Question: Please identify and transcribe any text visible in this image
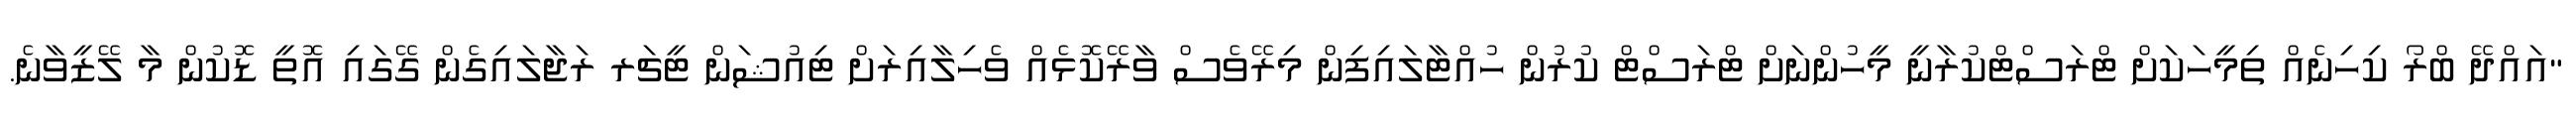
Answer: "އައްދޭ ބްރޯ ކިހިނެއް ތިމީހަކަށް ޓްރަސްޓްކުރާނީ މީހުންނަށް ޓްރަސްޓް ކުރުން ހުއްޓާލައިފިން މިރޭވެސް ވާރޭކޮޅެއް ވެހިލާއިރަށް ޓިއުޝަން ޓީޗަރ ރަޖާލައިގެން ގޭގައި އޮތީ ޑޮކުން މާ ލޭޒީވާނެ.